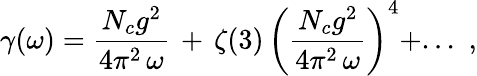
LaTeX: \gamma(\omega)=\frac{N_{c}g^{2}}{4\pi^{2}\, \omega}\, +\, \zeta(3)\, \left(\frac{N_{c}g^{2}}{4\pi^{2}\, \omega}\right)^{4}+...\, \, ,